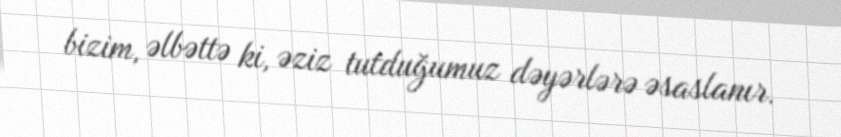
bizim, əlbəttə ki, əziz tutduğumuz dəyərlərə əsaslanır.